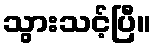
သွားသင့်ပြီ။